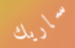
ساريك